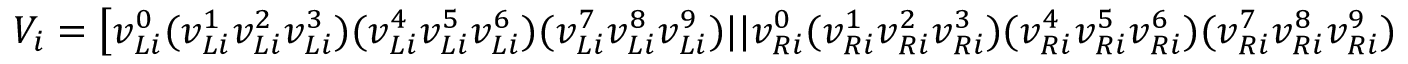
V _ { i } = \left[ v _ { L i } ^ { 0 } ( v _ { L i } ^ { 1 } v _ { L i } ^ { 2 } v _ { L i } ^ { 3 } ) ( v _ { L i } ^ { 4 } v _ { L i } ^ { 5 } v _ { L i } ^ { 6 } ) ( v _ { L i } ^ { 7 } v _ { L i } ^ { 8 } v _ { L i } ^ { 9 } ) | | v _ { R i } ^ { 0 } ( v _ { R i } ^ { 1 } v _ { R i } ^ { 2 } v _ { R i } ^ { 3 } ) ( v _ { R i } ^ { 4 } v _ { R i } ^ { 5 } v _ { R i } ^ { 6 } ) ( v _ { R i } ^ { 7 } v _ { R i } ^ { 8 } v _ { R i } ^ { 9 } ) \right] ~ .